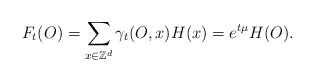
\begin{align*}F_t(O)=\sum_{x\in \mathbb{Z}^d}\gamma_t(O,x)H(x)=e^{t\mu}H(O).\end{align*}